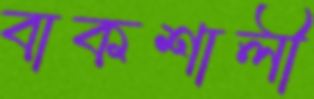
বাকশালী